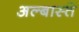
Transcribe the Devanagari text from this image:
अल्बास्ते